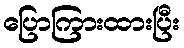
ပြောကြားထားပြီး